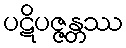
ပဋိပဇ္ဇန္တဿ